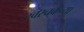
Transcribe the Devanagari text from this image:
स्वरचक्रच्या